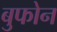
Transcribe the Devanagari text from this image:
बुफोन